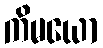
ကိမယော